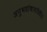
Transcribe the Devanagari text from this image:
अनुभवांबाबतीतील